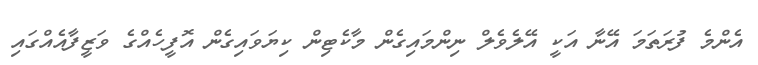
އެންމެ ފުރަތަމަ އޭނާ އަކީ އޭލެވެލް ނިންމައިގެން މާކެޓިން ކިޔަވައިގެން އޮފީހެއްގެ ވަޒީފާއެއްގައި